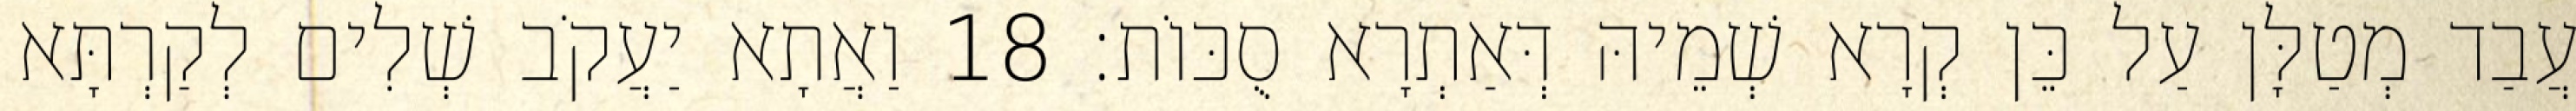
עֲבַד מְטַלָּן עַל כֵּן קְרָא שְׁמֵיהּ דְּאַתְרָא סֻכּוֹת׃ 18 וַאֲתָא יַעֲקֹב שְׁלִים לְקַרְתָּא